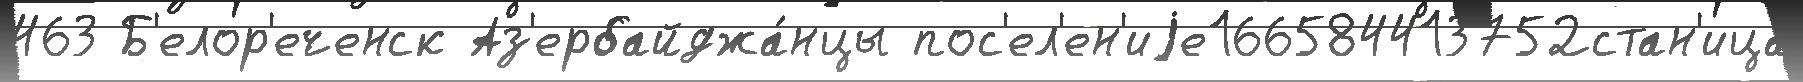
463 Б'елор'еченск Аз'ербайджа́нцы пос'ел'ен'иjе166584413752стан'ица